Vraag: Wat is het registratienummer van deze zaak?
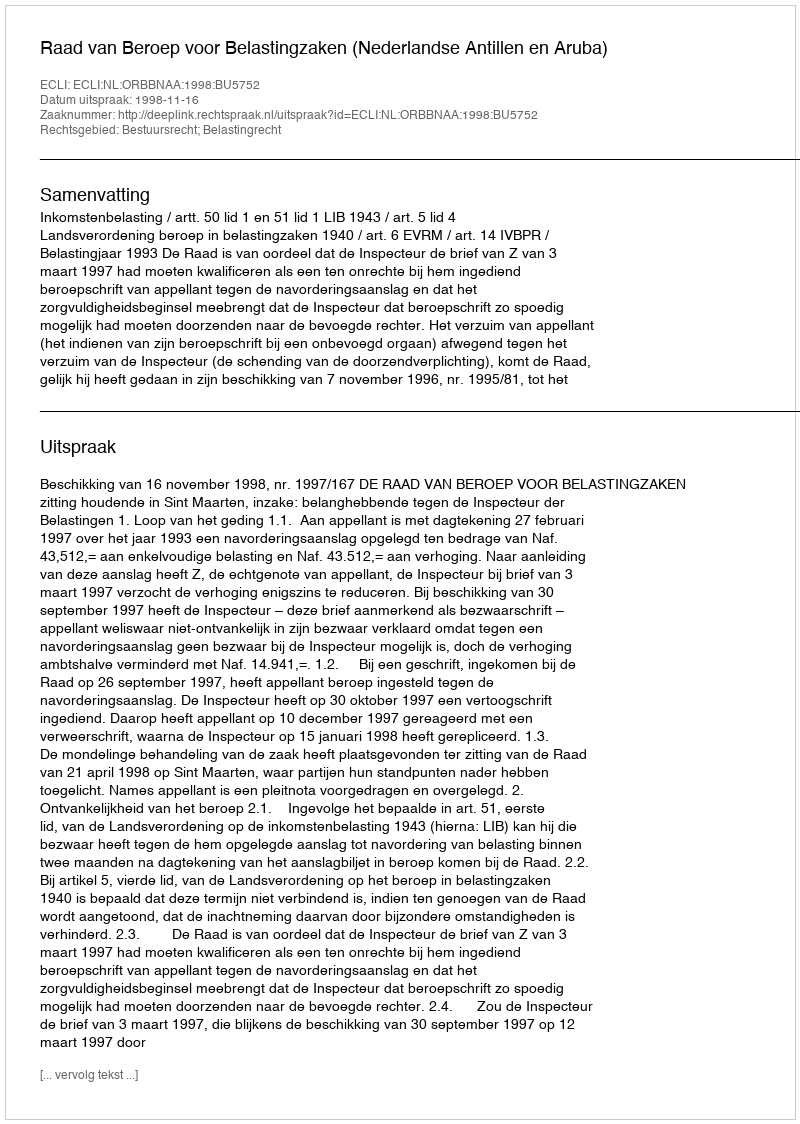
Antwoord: http://deeplink.rechtspraak.nl/uitspraak?id=ECLI:NL:ORBBNAA:1998:BU5752